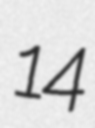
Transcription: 14